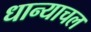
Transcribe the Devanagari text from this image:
धान्याचल